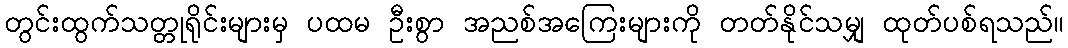
တွင်းထွက်သတ္တုရိုင်းများမှ ပထမ ဦးစွာ အညစ်အကြေးများကို တတ်နိုင်သမျှ ထုတ်ပစ်ရသည်။